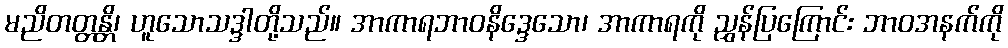
မညိတတ္တန္တိ၊ ဟူသောသဒ္ဒါတို့သည်။ အာကာရဘာဝနိဒ္ဒေသော၊ အာကာရကို ညွှန်ပြကြောင်း ဘာဝအနက်ကို